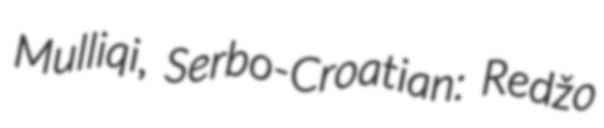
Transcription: Mulliqi, Serbo-Croatian: Redžo